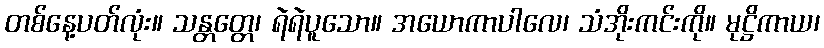
တစ်နေ့ပတ်လုံး။ သန္တတ္တေ၊ ရဲရဲပူသော။ အယောကာပါလေ၊ သံအိုးကင်းကို။ မုဋ္ဌိကာယ၊